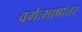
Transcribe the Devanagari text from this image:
वर्गःभाषांतर